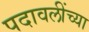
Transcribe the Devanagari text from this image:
पदावलींच्या